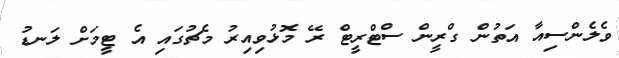
ވެލެންސިއާ އަތުން ގްރީން ސްޓްރީޓް ރޭ މޮޅުވިއިރު މެޗުގައި އެ ޓީމަށް ލަނޑު